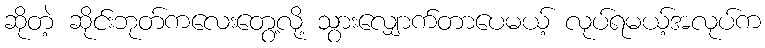
ဆိုတဲ့ ဆိုင်းဘုတ်ကလေးတွေ့လို့ သွားလျှောက်တာပေမယ့် လုပ်ရမယ့်အလုပ်က